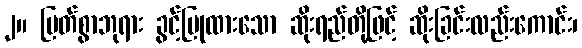
၂။ မြတ်စွာဘုရား ခွင့်ပြုထားသော ဆိုးရည်တို့ဖြင့် ဆိုးခြင်းလည်းကောင်း၊